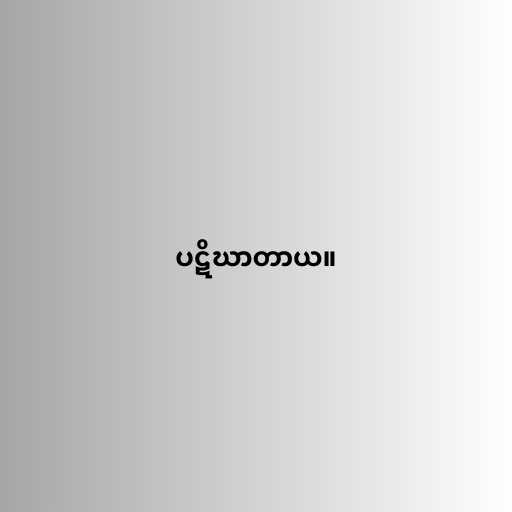
ပဋိဃာတာယ။